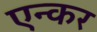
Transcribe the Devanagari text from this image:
एन्कर